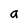
Character: a